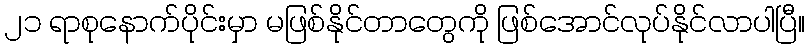
၂၁ ရာစုနောက်ပိုင်းမှာ မဖြစ်နိုင်တာတွေကို ဖြစ်အောင်လုပ်နိုင်လာပါပြီ။